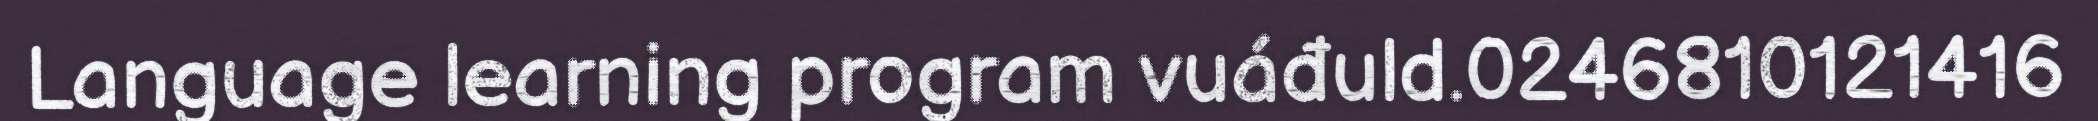
Language learning program vuáđuld.0246810121416